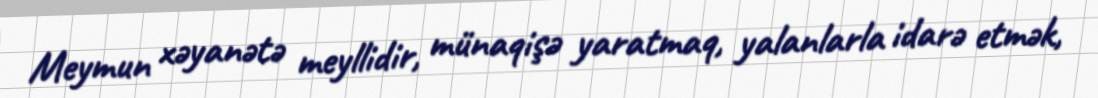
Meymun xəyanətə meyllidir, münaqişə yaratmaq, yalanlarla idarə etmək,